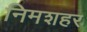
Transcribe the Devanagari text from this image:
निमशहर